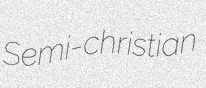
Semi-christian